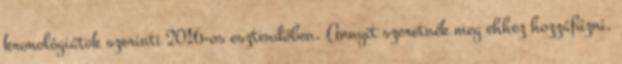
kronológiátok szerinti 2016-os esztendőben. Annyit szeretnék meg ehhez hozzáfűzni,